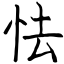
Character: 怯